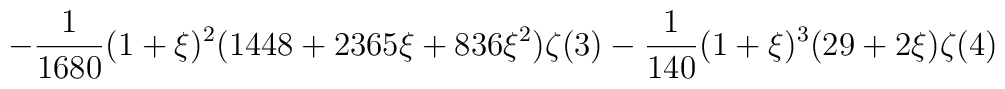
\displaystyle\quad-\frac{1}{1680}(1+\xi)^2(1448+2365\xi+836\xi^2)\zeta(3)-\frac{1}{140}(1+\xi)^3(29+2\xi)\zeta(4)